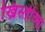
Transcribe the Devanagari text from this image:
ख्रिस्तीच्या